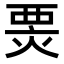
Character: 𤊆